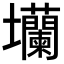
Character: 𡔔